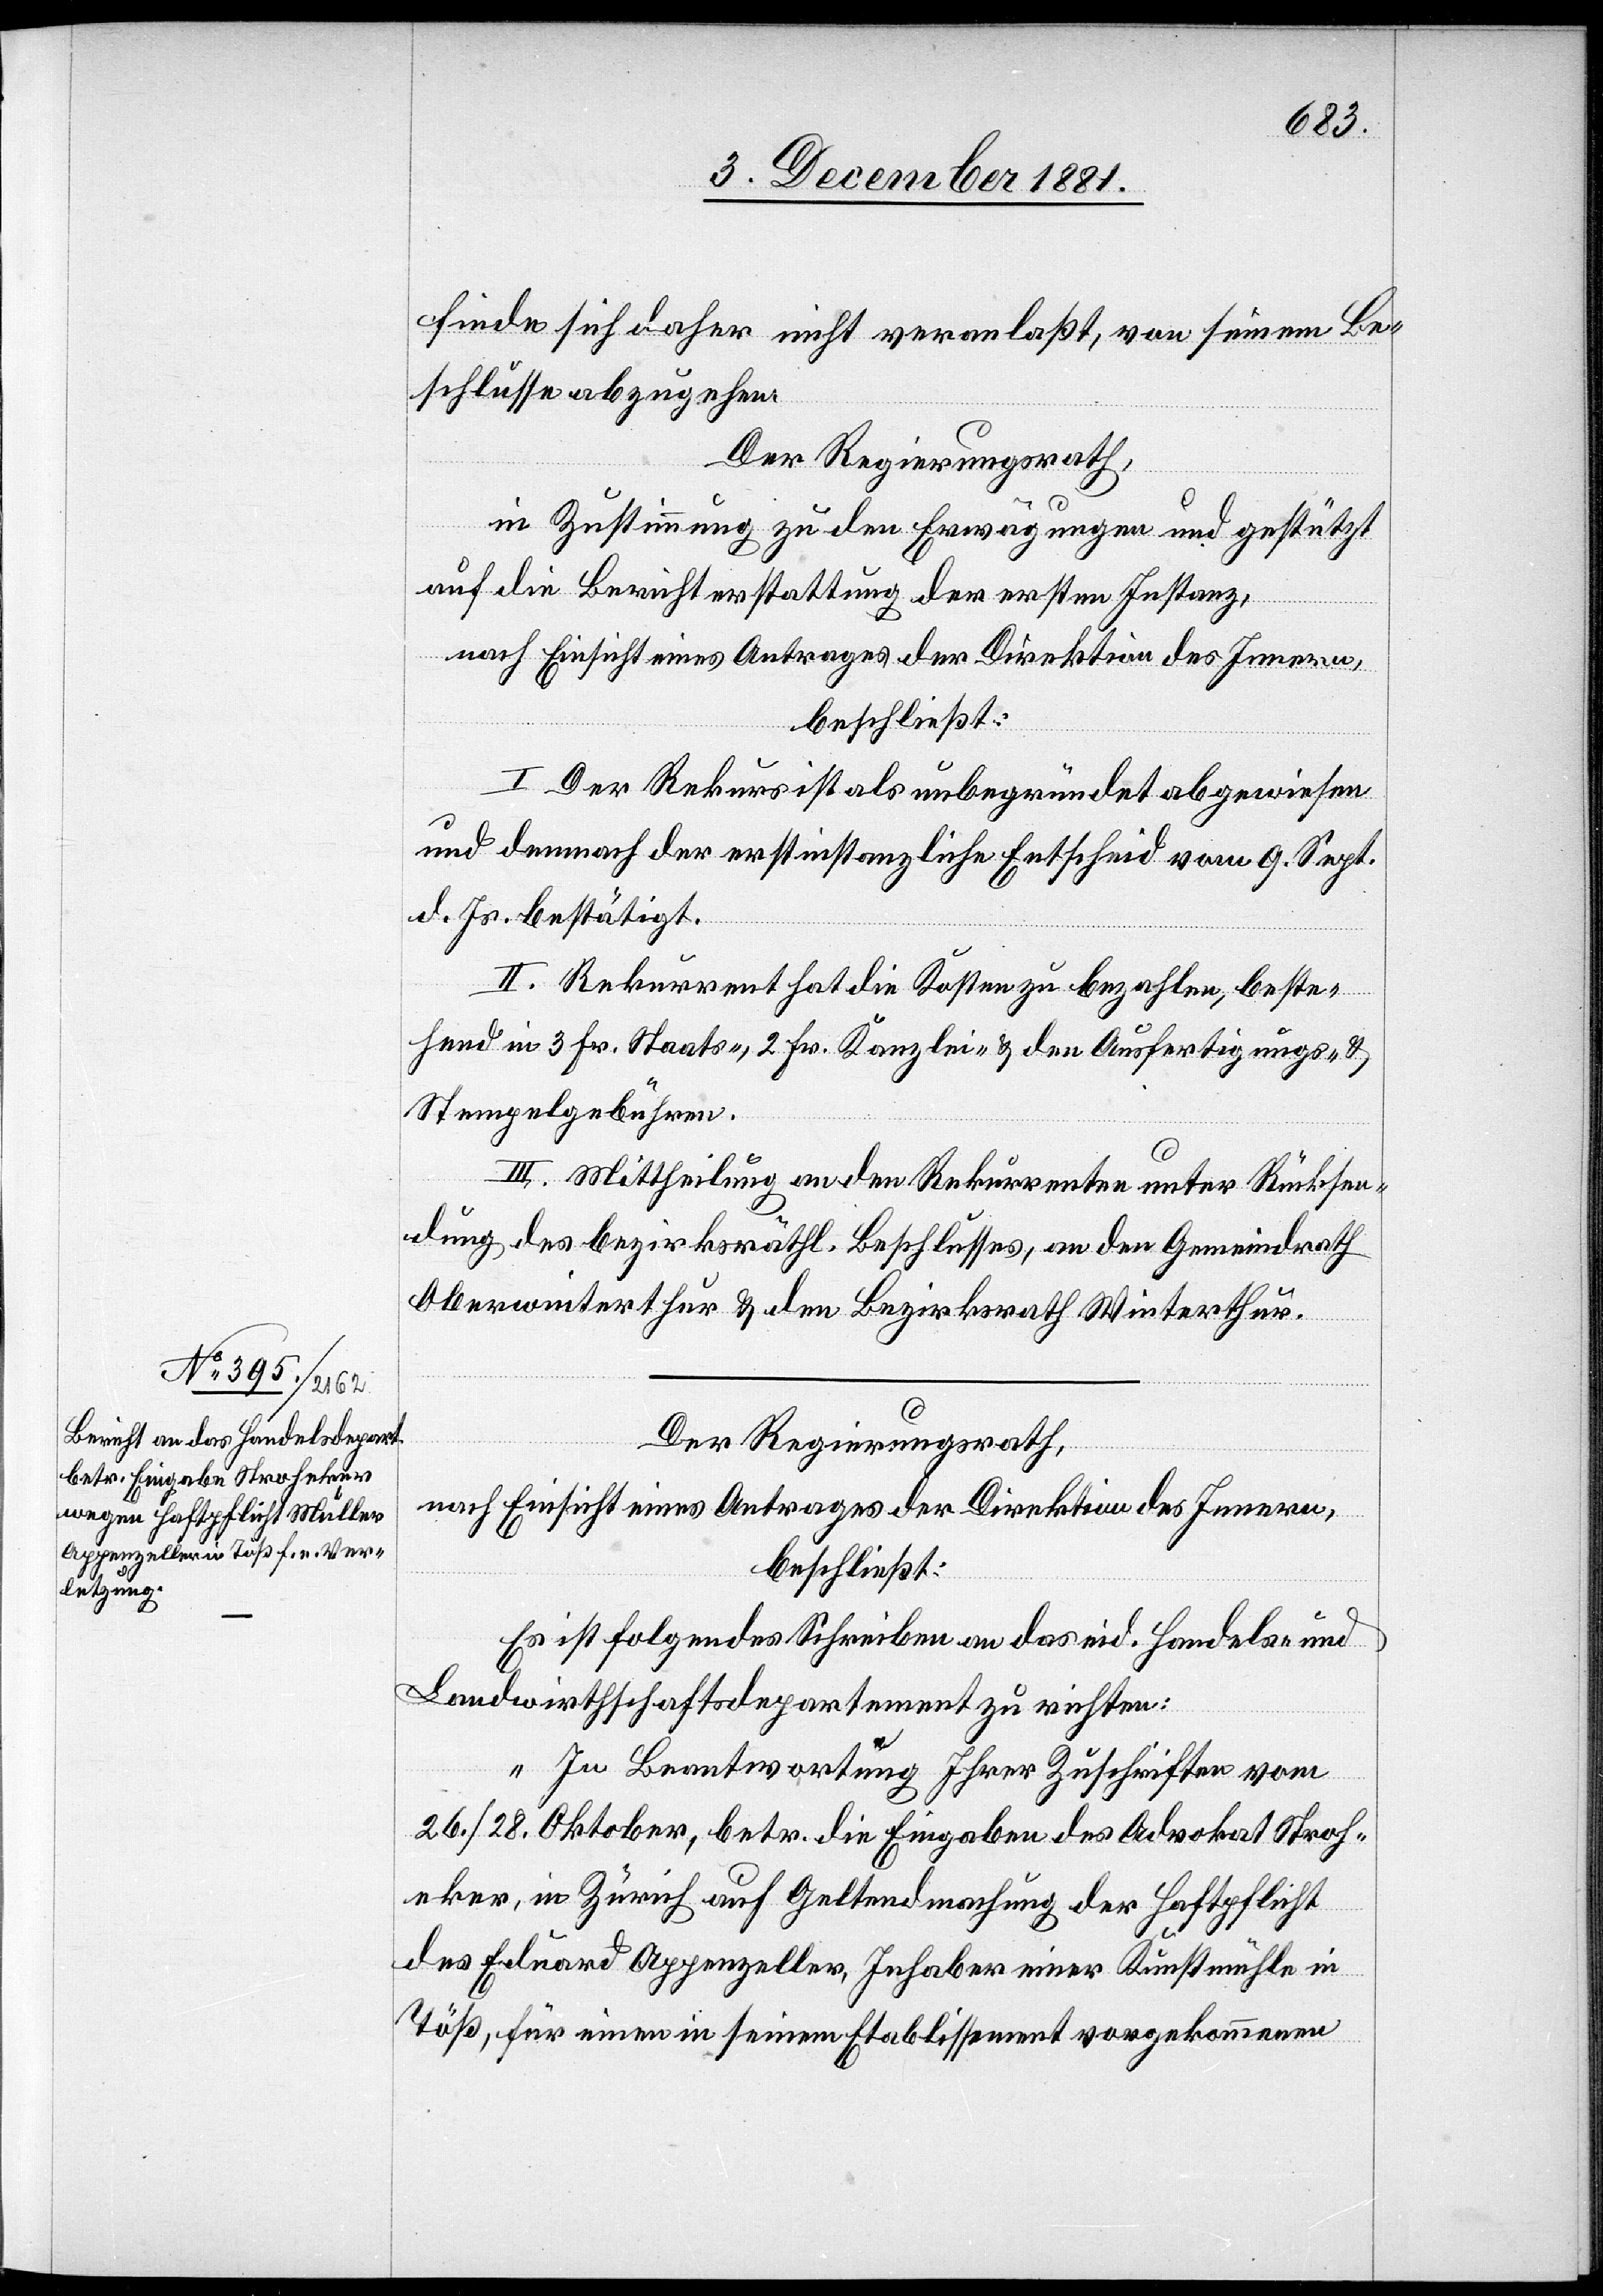
finde sich daher nicht veranlaßt, von seinem Be¬
schlusse abzugehen;
Der Regierungsrath,
in Zustimmung zu den Erwägungen und gestützt
auf die Berichterstattung der ersten Instanz,
nach Einsicht eines Antrages der Direktion des Innern,
beschließt:
I. Der Rekurs ist als unbegründet abgewiesen
und demnach der erstinstanzliche Entscheid vom 9. Sept.
d. Js. bestätigt.
II. Rekurrent hat die Kosten zu bezahlen, beste¬
hend in 3 Fr. Staats-, 2 Fr. Kanzlei- & den Ausfertigungs- &
Stempelgebühren.
III. Mittheilung an den Rekurrenten unter Rücksen¬
dung des bezirksräthl. Beschlusses, an den Gemeindrath
Oberwinterthur & den Bezirksrath Winterthur.
Der Regierungsrath,
nach Einsicht eines Antrages der Direktion des Innern,
beschließt:
Es ist folgendes Schreiben an das eid. Handels- und
Landwirthschaftsdepartement zu richten:
„In Beantwortung Ihrer Zuschriften vom
26./28. Oktober, betr. die Eingaben des Advokat Stroh¬
eker, in Zürich auf Geltendmachung der Haftpflicht
des Eduard Appenzeller, Inhaber einer Kunstmühle in
Töß, für einen in seinem Etablissement vorgekommenen